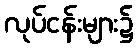
လုပ်ငန်းများ၌